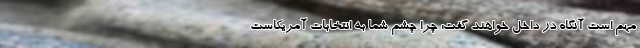
مهم است آنگاه در داخل خواهند گفت: چرا چشم شما به انتخابات آمریکاست